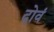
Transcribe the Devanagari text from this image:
दोवं